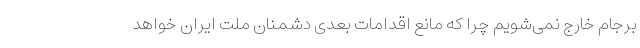
برجام خارج نمی‌شویم چرا که مانع اقدامات بعدی دشمنان ملت ایران خواهد